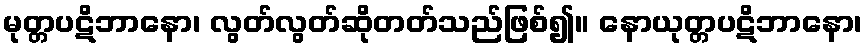
မုတ္တပဋိဘာနော၊ လွတ်လွတ်ဆိုတတ်သည်ဖြစ်၍။ နောယုတ္တပဋိဘာနော၊